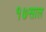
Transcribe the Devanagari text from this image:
१७साल